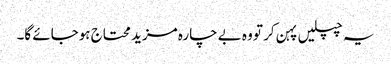
یہ چپلیں پہن کر تو وہ بے چارہ مزید محتاج ہوجائے گا۔